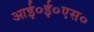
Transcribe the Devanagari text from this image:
आई०ई०एस०